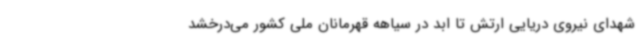
شهدای نیروی دریایی ارتش تا ابد در سیاهه قهرمانان ملی کشور می‌درخشد